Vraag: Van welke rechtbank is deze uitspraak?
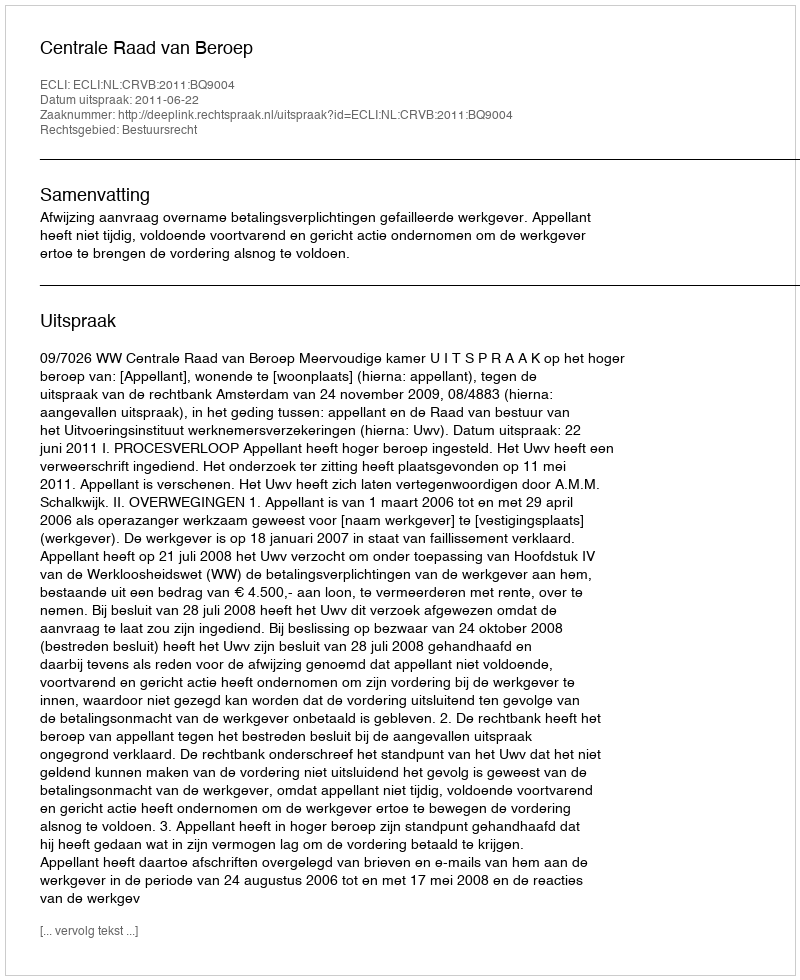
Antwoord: Centrale Raad van Beroep